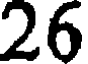
26